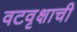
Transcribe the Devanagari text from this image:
वटवृक्षाची